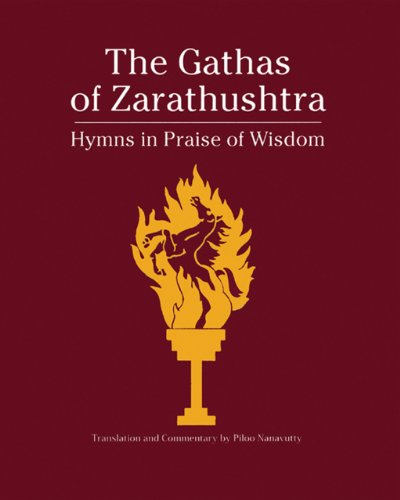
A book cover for The Gathas of Zarathushtra: Hymns in Praise of Wisdom; Piloo Nanavutty; Religion & Spirituality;